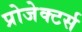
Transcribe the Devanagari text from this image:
प्रोजेक्टर्स